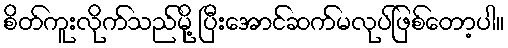
စိတ်ကူးလိုက်သည်မို့ ပြီးအောင်ဆက်မလုပ်ဖြစ်တော့ပါ။